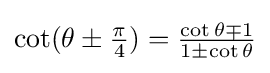
\cot(\theta \pm {\tfrac {\pi }{4}})={\tfrac {\cot \theta \mp 1}{1\pm \cot \theta }}